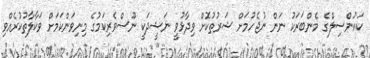
ކައުންސިލްގެ މެންބަރަކު ނަން ނުޖެހުމަށް ޝަރުތުކޮށް ވިދާޅުވީ ނަޝީދަކީ ނޫސްވެރިކަމުގެ މިނިވަންކަމަށް ވަކާލާތުކުރެއްވި